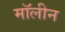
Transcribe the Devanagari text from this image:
मॉलीन